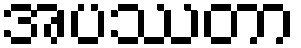
အပဿတာ